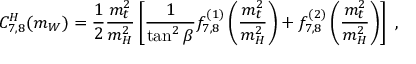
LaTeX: C _ { 7 , 8 } ^ { H } ( m _ { W } ) = \frac { 1 } { 2 } \frac { m _ { t } ^ { 2 } } { m _ { H } ^ { 2 } } \left[ \frac { 1 } { \tan ^ { 2 } \beta } f _ { 7 , 8 } ^ { ( 1 ) } \left( \frac { m _ { t } ^ { 2 } } { m _ { H } ^ { 2 } } \right) + f _ { 7 , 8 } ^ { ( 2 ) } \left( \frac { m _ { t } ^ { 2 } } { m _ { H } ^ { 2 } } \right) \right] \ ,